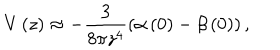
V \left( z \right) \approx - \frac { 3 } { 8 \pi z ^ { 4 } } \left( \alpha \left( 0 \right) - \beta \left( 0 \right) \right) ,